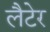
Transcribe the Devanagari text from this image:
लैटेर